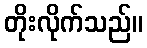
တိုးလိုက်သည်။